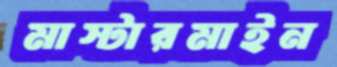
মাস্টারমাইন